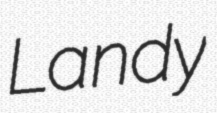
Landy